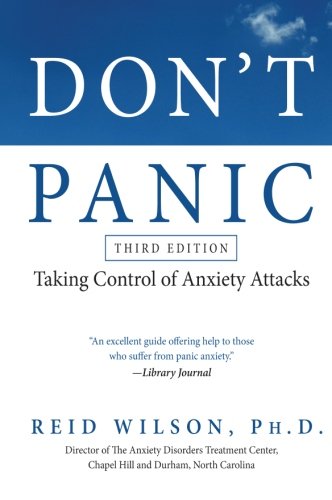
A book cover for Don't Panic Third Edition: Taking Control of Anxiety Attacks; Reid Wilson; Self-Help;